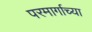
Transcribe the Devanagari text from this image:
परमार्गाच्या